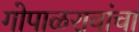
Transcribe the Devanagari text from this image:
गोपाळरावांचा